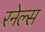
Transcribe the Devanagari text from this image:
रनेल्स